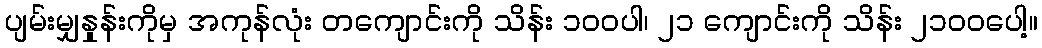
ပျမ်းမျှနှုန်းကိုမှ အကုန်လုံး တကျောင်းကို သိန်း ၁ဝဝပါ၊ ၂၁ ကျောင်းကို သိန်း ၂၁ဝဝပေါ့။